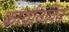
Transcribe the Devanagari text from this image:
कार्यानवित